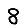
Digit: 8